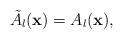
LaTeX: \begin{align*}\tilde{A}_l({\bf x}) =A_l({\bf x}), \end{align*}